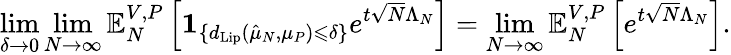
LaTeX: \operatorname*{lim}_{\delta\to 0}\operatorname*{lim}_{N\to\infty}\mathbb{E}_{N}^{V,P}\left[\mathbf{1}_{\{ d_{\mathrm{Lip}}(\hat{\mu}_{N},\mu_{P})\leqslant\delta\} }e^{t\sqrt{N}\Lambda_{N}}\right]=\operatorname*{lim}_{N\to\infty}\mathbb{E}_{N}^{V,P}\left[e^{t\sqrt{N}\Lambda_{N}}\right].